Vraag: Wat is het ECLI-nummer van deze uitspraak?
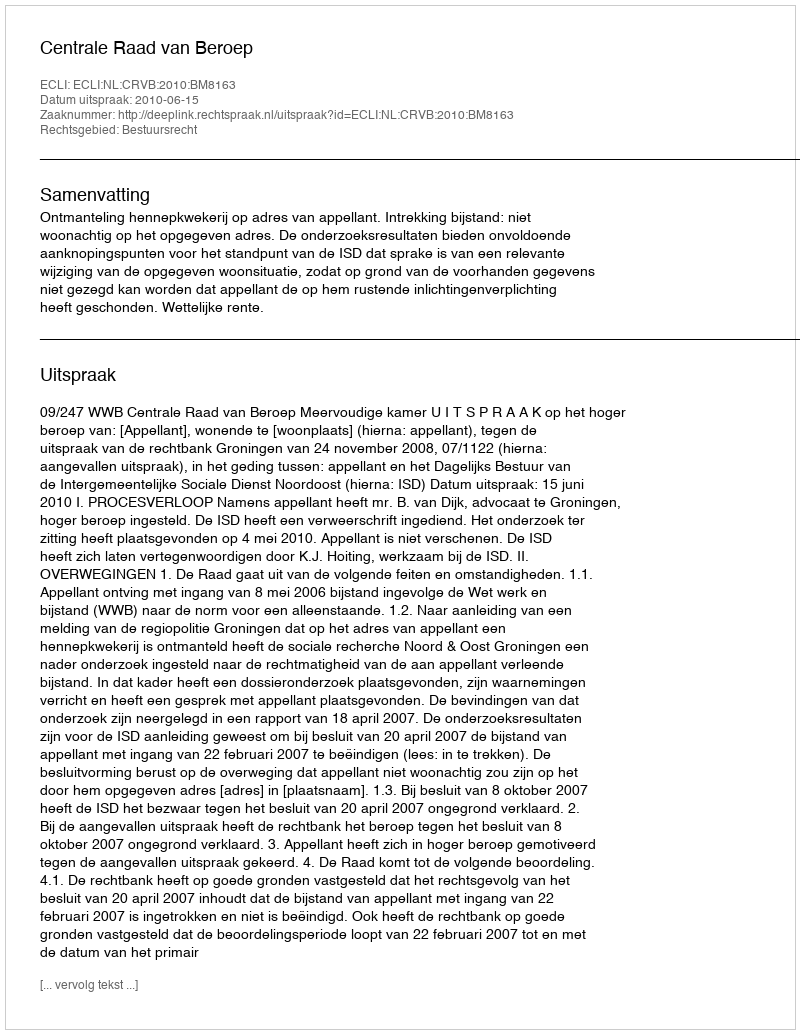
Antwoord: ECLI:NL:CRVB:2010:BM8163